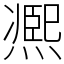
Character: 凞